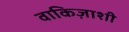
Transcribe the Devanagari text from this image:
वाकिज़ाशी